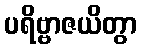
ပရိဗ္ဗာဇယိတွာ